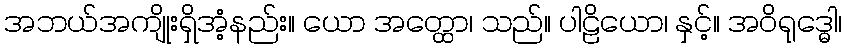
အဘယ်အကျိုးရှိအံ့နည်း။ ယော အတ္ထော၊ သည်။ ပါဠိယော၊ နှင့်။ အဝိရုဒ္ဓေါ၊